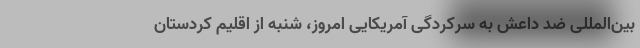
بین‌المللی ضد داعش به سرکردگی آمریکایی امروز، شنبه از اقلیم کردستان